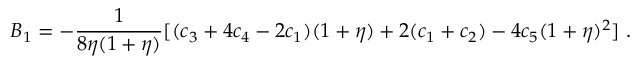
B _ { 1 } = - \frac { 1 } { 8 \eta ( 1 + \eta ) } [ ( c _ { 3 } + 4 c _ { 4 } - 2 c _ { 1 } ) ( 1 + \eta ) + 2 ( c _ { 1 } + c _ { 2 } ) - 4 c _ { 5 } ( 1 + \eta ) ^ { 2 } ] \ .